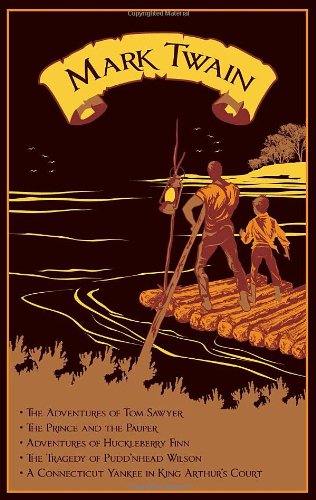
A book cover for Mark Twain: Five Novels; Mark Twain; Literature & Fiction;